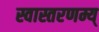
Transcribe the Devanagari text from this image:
स्वास्तरणम्य्